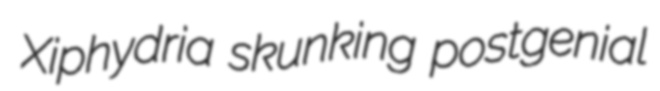
Xiphydria skunking postgenial